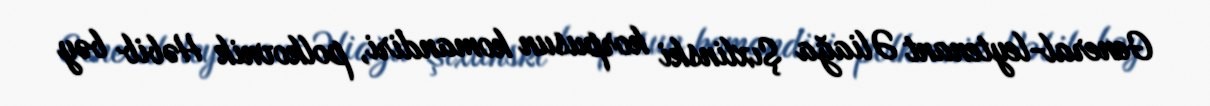
General-leytenant Əliağa Şıxlinski korpusun komandiri, polkovnik Həbib bəy